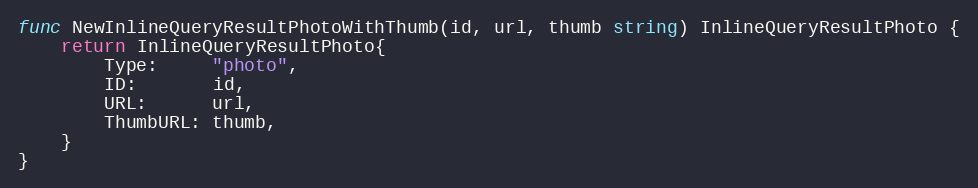
Language: Go
func NewInlineQueryResultPhotoWithThumb(id, url, thumb string) InlineQueryResultPhoto {
	return InlineQueryResultPhoto{
		Type:     "photo",
		ID:       id,
		URL:      url,
		ThumbURL: thumb,
	}
}